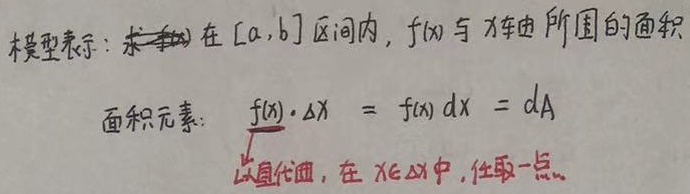
模型表示：求在\([a,b]\)区间内，\(f(x)\)与\(x\)轴所围的面积。
面积元素：
\[f(x)\cdot\Delta x = f(x)dx = dA\]
以直代曲，在\(x\in\Delta x\)中，任取一点